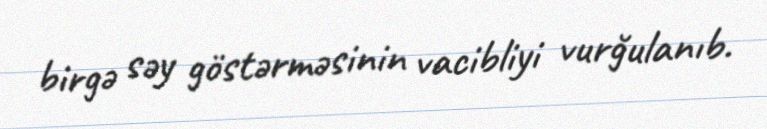
birgə səy göstərməsinin vacibliyi vurğulanıb.